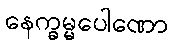
နေက္ခမ္မပေါဏော